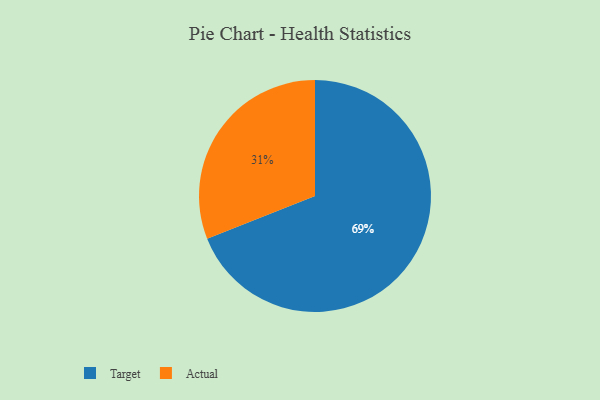
{"axis": {"x": "Category", "y": "Percentage"}, "legend": ["Actual", "Target"], "data": [{"x": "Actual", "y": 31, "type": "Actual"}, {"x": "Target", "y": 69, "type": "Target"}]}